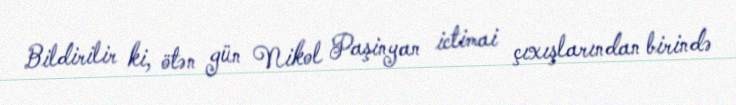
Bildirilir ki, ötən gün Nikol Paşinyan ictimai çıxışlarından birində